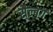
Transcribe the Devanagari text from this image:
सैल्बर्ग